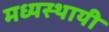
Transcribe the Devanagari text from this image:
मध्यस्थायी